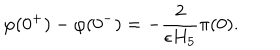
\varphi ( 0 ^ { + } ) - \varphi ( 0 ^ { - } ) = - { \frac { 2 } { \epsilon H _ { 5 } } } \pi ( 0 ) .